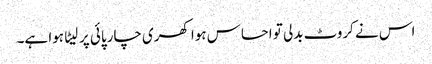
اس نے کروٹ بدلی تو احساس ہوا کھری چارپائی پر لیٹا ہوا ہے۔